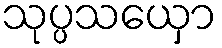
သုပ္ပသယှော